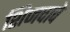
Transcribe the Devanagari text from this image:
शिजवावे